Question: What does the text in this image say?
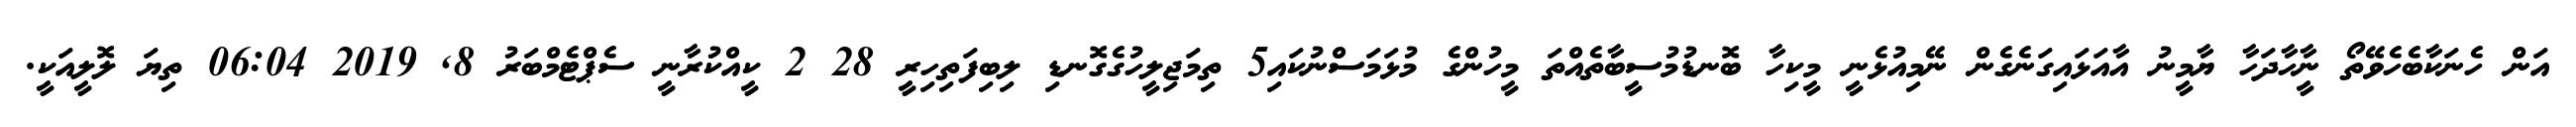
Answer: އަން ހެނަކާބެހެވޭތޯ ނީާހާދަހާ ޔާމީނު އާއަޅައިގަނެގެން ނޭމިއުޅެނީ މީކިހާ ބޮނޑުމުސީބާތެއްތަ މީހުންގެ މުޅަމަސްނުކައި5 ތިމަޖިލީހުގެގޮނޑި ލިބިފަތިހިރީ 28 2 ކީއްކުރާނީ ސެޕްޓެމްބަރު 8, 2019 06:04 ތިޔަ ލޮލީއަކީ.